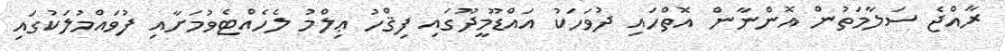
ރާއްޖެ ސަލާމަތުން އޮންނާން އޮތްހައި ދުވަހަކު އައްޑޫމީދޫގައި ފިޤްހު ޢިލްމު ލެހެއްޓެވުމަށާއި ފުވައްމުލަކުގައި